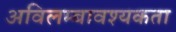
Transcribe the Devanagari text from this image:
अविलम्बावश्यकता